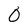
Character: 0